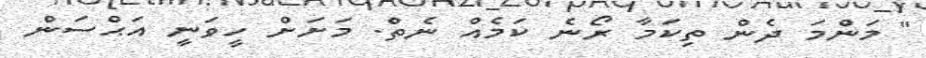
" މަންމަ ދެން ތިކަމާ ރޯނެ ކަމެއް ނެތް. މަށަށް ހީވަނީ އަޙްސަން